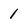
Character: 1